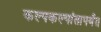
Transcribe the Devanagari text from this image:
कल्पकल्पांतापर्यंत